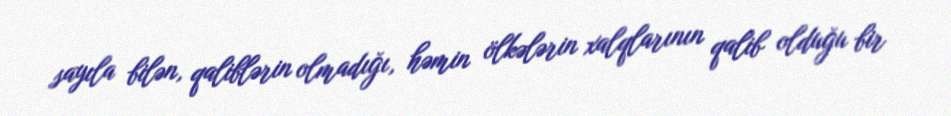
sayıla bilən, qaliblərin olmadığı, həmin ölkələrin xalqlarının qalib olduğu bir